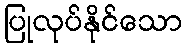
ပြုလုပ်နိုင်သော